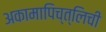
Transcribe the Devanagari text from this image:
अकामापिच्त्लिची